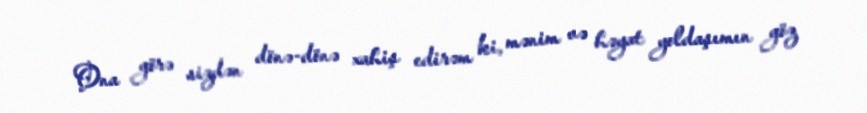
Ona görə sizdən dönə-dönə xahiş edirəm ki, mənim və həyat yoldaşımın göz